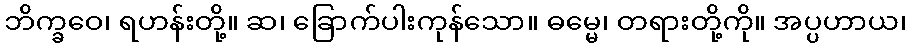
ဘိက္ခဝေ၊ ရဟန်းတို့။ ဆ၊ ခြောက်ပါးကုန်သော။ ဓမ္မေ၊ တရားတို့ကို။ အပ္ပဟာယ၊